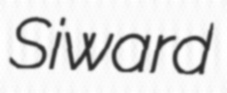
Siward